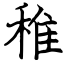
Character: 稚